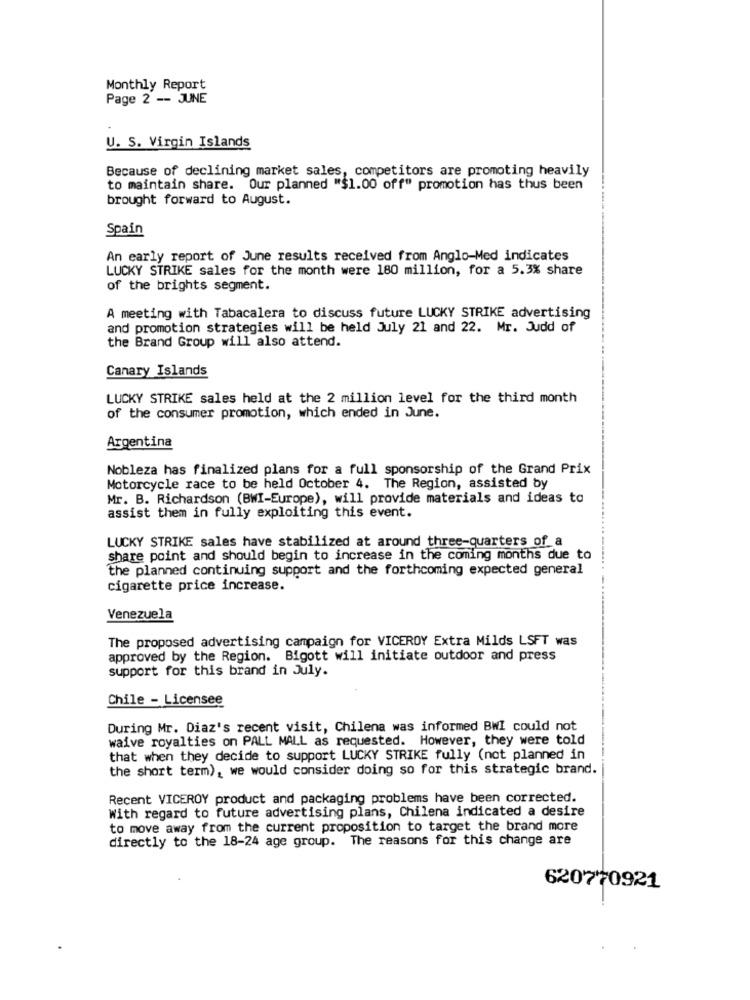
Monthly Report
Page 2 -- JUNE
U. S. Virgin Islands
Because of declining market sales, competitors are promoting heavily
to maintain share. Our planned "$1.00 off" promotion has thus been
brought forward to August.
Spain
An early report of June results received from Anglo-Med indicates
LUCKY STRIKE sales for the month were 180 million, for a 5.3% share
of the brights segment.
A meeting with Tabacalera to discuss future LUCKY STRIKE advertising
and promotion strategies will be held July 21 and 22. Mr. Judd of
the Brand Group will also attend.
Canary Islands
LUCKY STRIKE sales held at the 2 million level for the third month
of the consumer promotion, which ended in June.
Argentina
Nobleza has finalized plans for a full sponsorship of the Grand Prix
Motorcycle race to be held October 4. The Region, assisted by
Mr. B. Richardson (BWI-Europe), will provide materials and ideas to
assist them in fully exploiting this event.
LUCKY STRIKE sales have stabilized at around three-quarters of a
share point and should begin to increase in the coming months due to
the planned continuing support and the forthcoming expected general
cigarette price increase.
Venezuela
The proposed advertising campaign for VICEROY Extra Milds LSFT was
approved by the Region. Bigott will initiate outdoor and press
support for this brand in July.
Chile - Licensee
During Mr. Diaz's recent visit, Chilena was informed BWI could not
waive royalties on PALL MALL as requested. However, they were told
that when they decide to support LUCKY STRIKE fully (not planned in
the short term), we would consider doing so for this strategic brand.
Recent VICEROY product and packaging problems have been corrected.
With regard to future advertising plans, Chilena indicated a desire
to move away from the current proposition to target the brand more
directly to the 18-24 age group. The reasons for this change are
620770921